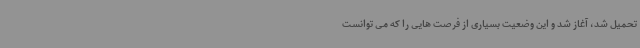
تحمیل شد، آغاز شد و این وضعیت بسیاری از فرصت هایی را که می توانست